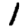
Digit: 1